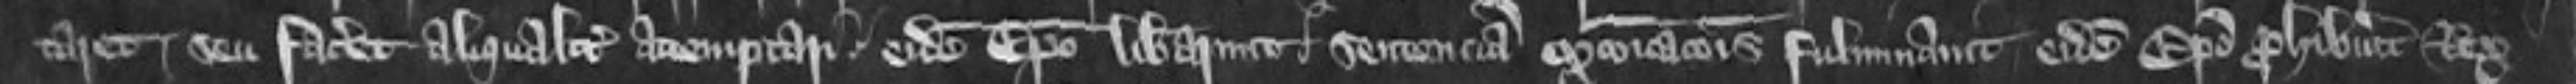
taret seu faceret aliqualiter attemptari eidem episcopo liberarunt sentenciam excommunicationis fulminavit eidem Episcopo prohibuerit Rex